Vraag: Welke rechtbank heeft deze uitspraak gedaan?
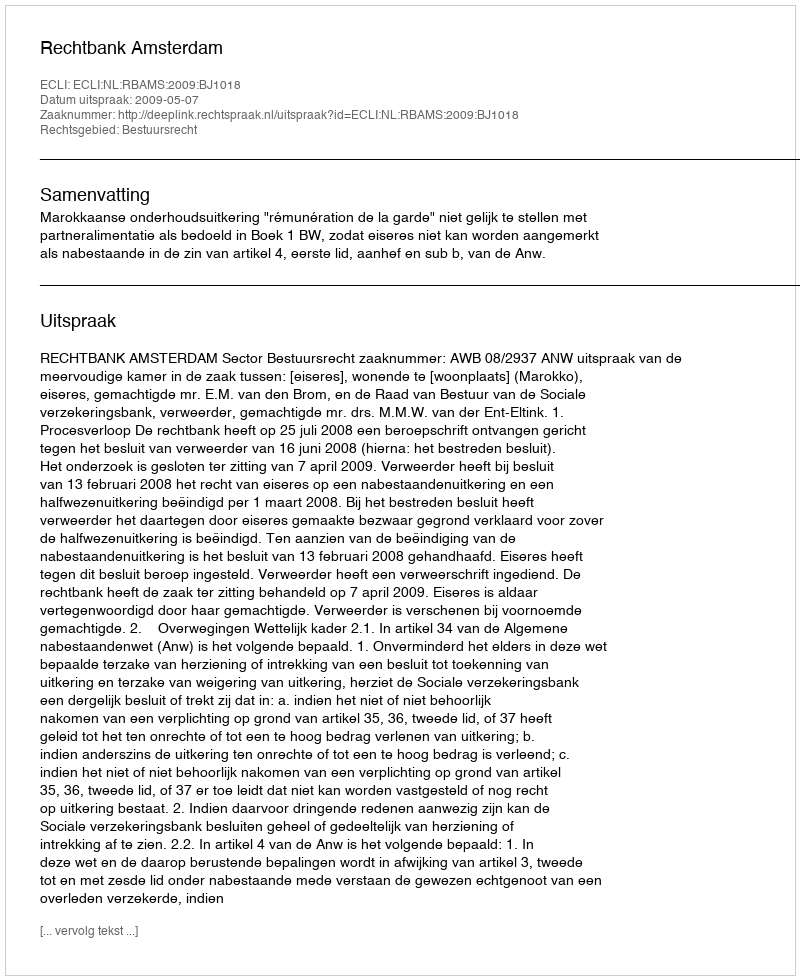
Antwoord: Rechtbank Amsterdam